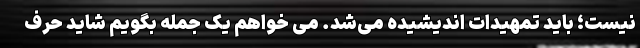
نیست؛ باید تمهیدات اندیشیده می‌شد. می خواهم یک جمله بگویم شاید حرف